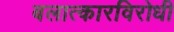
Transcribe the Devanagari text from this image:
बलात्कारविरोधी